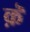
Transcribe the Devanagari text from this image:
क़ॆ